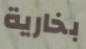
بخارية